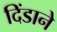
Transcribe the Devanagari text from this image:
दिंडाने